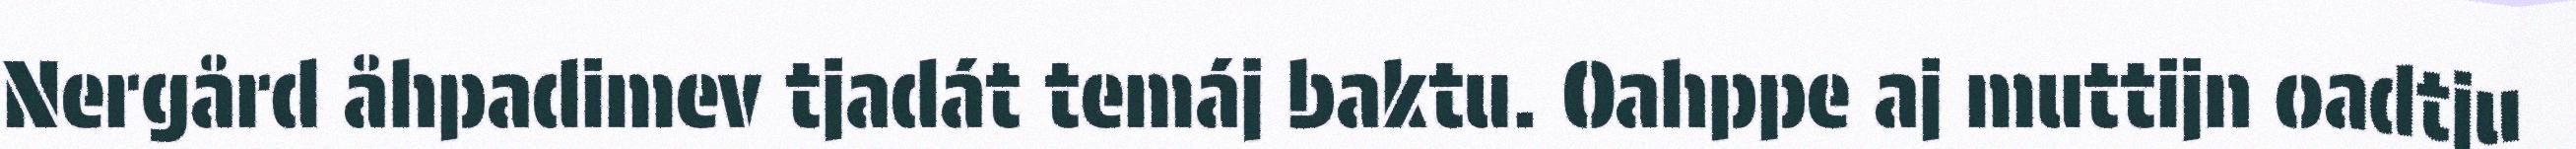
Nergård åhpadimev tjadát temáj baktu. Oahppe aj muttijn oadtju